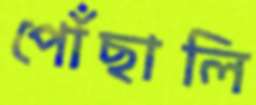
পোঁছালি